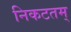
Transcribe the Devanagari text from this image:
निकटतम्